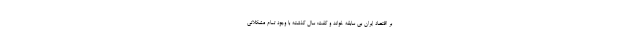
بر اقتصاد ایران بی سابقه خواند و گفت: سال گذشته با وجود تمام مشکلاتی